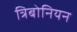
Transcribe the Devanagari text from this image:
त्रिबोनियन